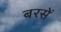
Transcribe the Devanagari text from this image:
बरसें